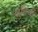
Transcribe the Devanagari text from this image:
खुबियाँ